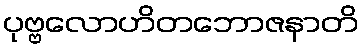
ပုဗ္ဗလောဟိတဘောဇနာတိ